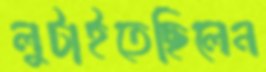
লুটাইতেছিলেন